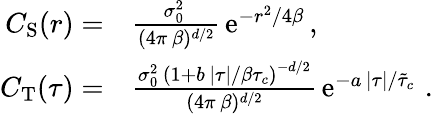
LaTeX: \begin{array}{rl}{C_{\mathrm{S}}(r)=}&{\frac{\sigma_{0}^{2}\, }{(4\pi\, \beta)^{d/2}}\, \mathrm{e}^{-r^{2}/4\beta}\, ,}\\ {C_{\mathrm{T}}(\tau)=}&{\frac{\sigma_{0}^{2}\, \left(1+b\, \lvert\tau\rvert/\beta\tau_{c}\right)^{-d/2}}{(4\pi\, \beta)^{d/2}}\, \mathrm{e}^{-a\, \lvert\tau\rvert/\tilde{\tau}_{c}}\, \, .}\end{array}